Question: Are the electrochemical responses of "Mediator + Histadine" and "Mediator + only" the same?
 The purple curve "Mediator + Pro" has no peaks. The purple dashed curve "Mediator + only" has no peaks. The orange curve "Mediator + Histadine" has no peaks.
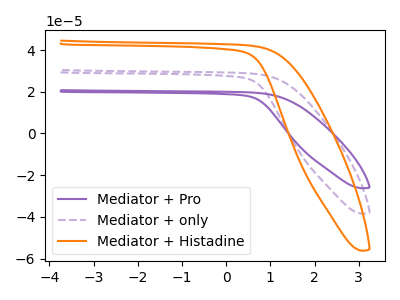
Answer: <think>Neither "Mediator + Histadine" or "Mediator + only" have any peaks.
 </think>
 <answer>"Mediator + Histadine" and "Mediator + only" are similar in shape.</answer>
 <eval>same_shape</eval>